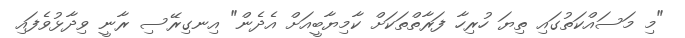
"މި މަސައްކަތުގައި ތިޔަ ހުރިހާ ފަރާތްތަކަށް ކާމިޔާބީއަށް އެދެން" އިނގިރޭސި ރާނީ ވިދާޅުވެފައި